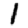
Digit: 1